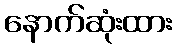
နောက်ဆုံးထား